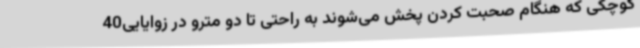
کوچکی که هنگام صحبت کردن پخش می‌شوند به راحتی تا دو مترو در زوایایی40